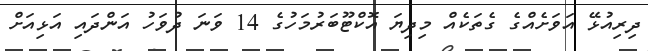
ދިރިއުޅޭ އަވަށެއްގެ ގެތަކެއް މިދިޔަ އޮކްޓޫބަރުމަހުގެ 14 ވަނަ ދުވަހު އަންދައި އަޅިއަށް